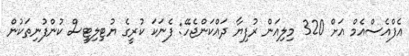
އެފްއެސްއެމް އަށް 320 މިލިއަން ރުފިޔާ ދައްކަންޖެހޭ: ފެނަކަ ކުރީގެ ޔުޓިލިޓީސް ކުންފުނިތަކުން